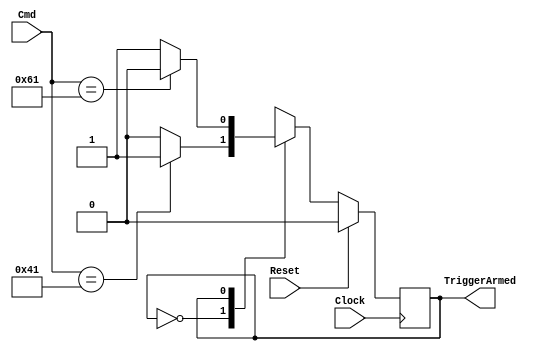
`timescale 1ns / 1ps
//////////////////////////////////////////////////////////////////////////////////
// Company: 
// Engineer: 
// 
// Design Name: 
// Module Name:    TriggerFSM 
// Project Name: 
// Target Devices: 
// Tool versions: 
// Description: 
//
// Dependencies: 
//
// Revision: 
// Revision 0.01 - File Created
// Additional Comments: 
//
module TriggerFSM(
	input wire Clock,
	input wire Reset,
	input wire [7:0] Cmd,
	output wire TriggerArmed
    );

localparam TRIGGER_NOT_ARMED = 1'b0,
			  TRIGGER_ARMED = 1'b1;
	
reg CurrentState = TRIGGER_NOT_ARMED;
reg NextState = TRIGGER_NOT_ARMED;

//uncomment for real 
assign TriggerArmed = (CurrentState == TRIGGER_ARMED);

//assign TriggerArmed = 1'b1; //set just for simulation

//--------------------------------------------
//Synchronous State Transition
//--------------------------------------------
always@(posedge Clock) begin
	if(Reset) CurrentState <= TRIGGER_NOT_ARMED;
	else CurrentState <= NextState;
end

//------------------------------------------
//Conditional State Transition
//------------------------------------------
always@(*) begin
	NextState = CurrentState;
	case (CurrentState)
		TRIGGER_NOT_ARMED: begin
			if (Cmd == 65) NextState = TRIGGER_ARMED; //'A'
		end
		TRIGGER_ARMED: begin
			if (Cmd == 97) NextState = TRIGGER_NOT_ARMED; //'a'
		end
	endcase
end


endmodule